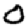
Digit: 0